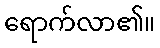
ရောက်လာ၏။